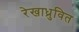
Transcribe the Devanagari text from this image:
रेखाध्रुवित